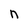
Character: n